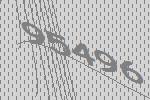
95496